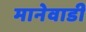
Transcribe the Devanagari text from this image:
मानेवाडी